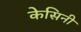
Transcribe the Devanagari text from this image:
केसिनी